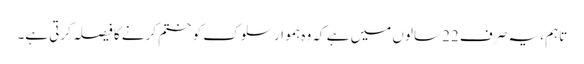
تاہم ، یہ صرف 22 سالوں میں ہے کہ وہ ہموار سلوک کو ختم کرنے کا فیصلہ کرتی ہے۔